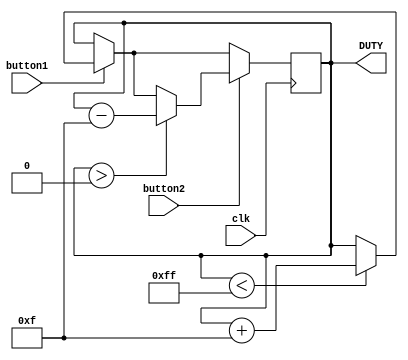
`timescale 1ns / 1ps

module servoController(
input button1, 
input button2,
input clk,  
output reg [7:0] DUTY
);

always @ (posedge clk) begin
  if (button1) begin
    if (DUTY < 255) DUTY <= DUTY + 15;
  end
  
  if (button2) begin
    if (DUTY > 0) DUTY <= DUTY - 15;
  end
end

endmodule